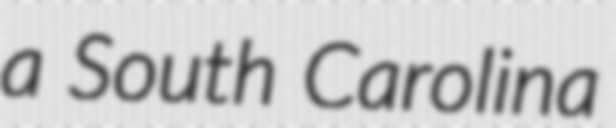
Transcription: a South Carolina